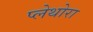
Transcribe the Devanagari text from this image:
प्लेथोरा